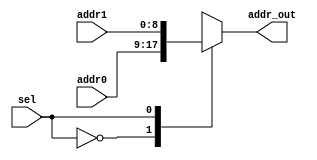
`timescale 1ns / 1ps
//////////////////////////////////////////////////////////////////////////////////
// Company: 
// Engineer: 
// 
// Design Name: 
// Module Name:    addr_mux 
// Project Name: 
// Target Devices: 
// Tool versions: 
// Description: 
//
// Dependencies: 
//
// Revision: 
// Revision 0.01 - File Created
// Additional Comments: 
//
//////////////////////////////////////////////////////////////////////////////////
module addr_mux(
	input [8:0] addr0,
	input [8:0] addr1,
	output [8:0] addr_out,
	input sel
    );

	reg [8:0] addr_s;
	assign addr_out = addr_s;
	
	always @(*)
	begin
		case(sel)
			1'b0: addr_s = addr0;
			1'b1: addr_s = addr1;
		endcase 
	end

endmodule